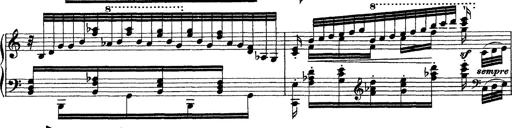
Title: Grandes Ã©tudes de Paganini
Composer: Franz Liszt